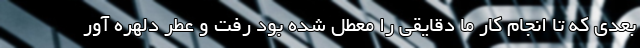
بعدی که تا انجام کار ما دقایقی را معطل شده بود رفت و عطر دلهره آور